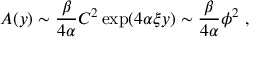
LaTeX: A ( y ) \sim { \frac { \beta } { 4 \alpha } } C ^ { 2 } \exp ( 4 \alpha \xi y ) \sim { \frac { \beta } { 4 \alpha } } \phi ^ { 2 } ~ ,